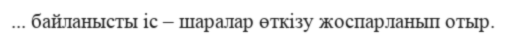
... байланысты іс – шаралар өткізу жоспарланып отыр.